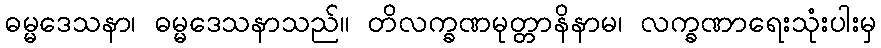
ဓမ္မဒေသနာ၊ ဓမ္မဒေသနာသည်။ တိလက္ခဏမုတ္တာနိနာမ၊ လက္ခဏာရေးသုံးပါးမှ